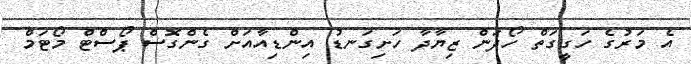
އެ މަރުގެ ހަގީގަތް ހޯދަން ޒިޔާދާ ހަށިގަނޑު އިންޑިއާއަށް ގެންގޮސް ޕޯސްޓް މޯޓަމް